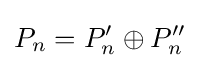
P_{n}=P'_{n}\oplus P''_{n}